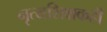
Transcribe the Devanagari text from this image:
नृत्यशिक्षकही